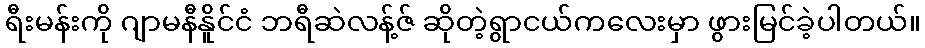
ရီးမန်းကို ဂျာမနီနိူင်ငံ ဘရီဆဲလန့်ဇ် ဆိုတဲ့ရွာငယ်ကလေးမှာ ဖွားမြင်ခဲ့ပါတယ်။